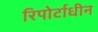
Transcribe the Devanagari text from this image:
रिपोर्टाधीन